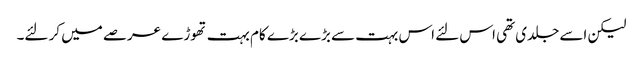
لیکن اسے جلدی تھی اس لئے اس بہت سے بڑے بڑے کام بہت تھوڑے عرصے میں کر لئے۔